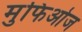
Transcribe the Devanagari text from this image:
मुफिओज